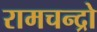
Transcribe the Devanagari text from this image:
रामचन्द्रो